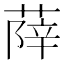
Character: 𦵮